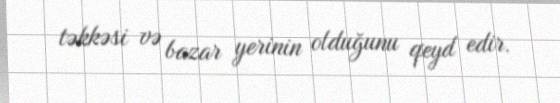
təkkəsi və bazar yerinin olduğunu qeyd edir.